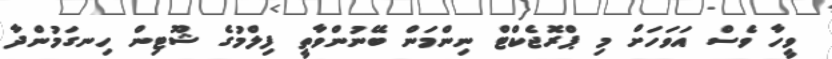
ވީހާ ވެސް އަވަހަށް މި ޕްރޮޖެކްޓް ނިންމަން ބޭނުންވާތީ ފިލްމުގެ ޝޫޓިން ހިނގަމުންދާ